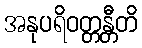
အနုပရိဝတ္တန္တီတိ